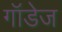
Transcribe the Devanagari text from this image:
गॉडेज